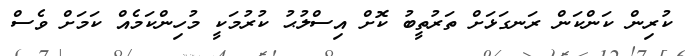
ކުރިން ކަންކަން ރަނގަޅަށް ތަރުތީބު ކޮށް އިސްލުޙު ކުރުމަކީ މުހިންކަމެއް ކަމަށް ވެސް